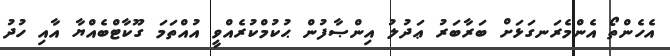
އެހެންތޯ އެންމެރަނގަޅަށް ބަރާބަރު ޢަދުލު އިންޞާފުން ޙުކުމްކުރެއްވީ އުއްތަމަ ގޫކާޓްބެއްޔާ އާއި ހުދު